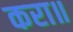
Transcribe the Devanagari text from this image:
करा॥